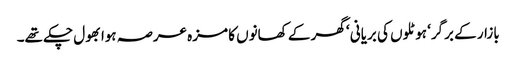
بازار کے برگر‘ ہوٹلوں کی بریانی ‘ گھر کے کھانوں کا مزہ عرصہ ہوا بھول چکے تھے۔